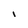
Character: I